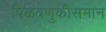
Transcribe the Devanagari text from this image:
पिळवणुकीसमान